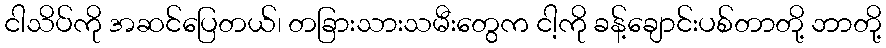
ငါသိပ်ကို အဆင်ပြေတယ်၊ တခြားသားသမီးတွေက ငါ့ကို ခန့်ချောင်းပစ်တာတို့ ဘာတို့